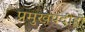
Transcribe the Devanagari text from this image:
प्रमुखपदीही